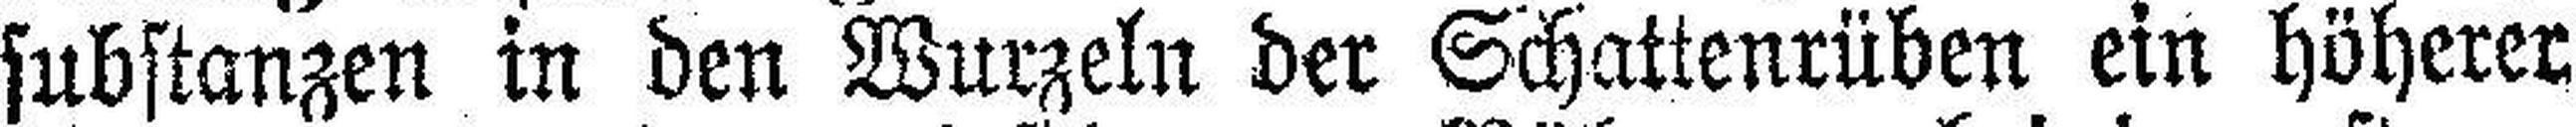
substanzen in den Wurzeln der Schattenrüben ein höherer